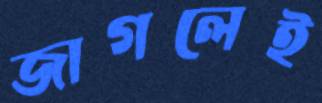
জাগলেই